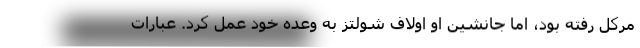
مرکل رفته بود، اما جانشین او اولاف شولتز به وعده خود عمل کرد. عبارات